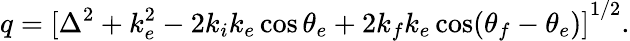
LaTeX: q={[\Delta^{2}+k_{e}^{2}-2k_{i}k_{e}\cos\theta_{e}+2k_{f}k_{e}\cos(\theta_{f}-\theta_{e})]}^{1/2}.